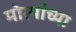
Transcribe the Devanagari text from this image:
मोत्यांच्या